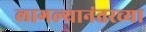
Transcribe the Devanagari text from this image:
लागल्यानंतरच्या